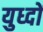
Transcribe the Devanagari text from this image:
युध्दों